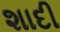
શાદી